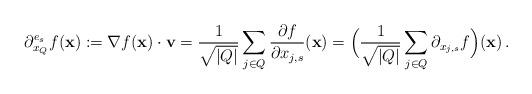
LaTeX: \begin{align*} \partial_{x_Q}^{e_s} f({\bf x}): = \nabla f({\bf x}) \cdot {\mathbf v}=\frac{1}{\sqrt{|Q|}}\sum_{j\in Q}\frac{\partial f}{\partial x_{j,s}}({\bf x}) =\Big(\frac{1}{\sqrt{|Q|}}\sum_{j\in Q}\partial_{x_{j,s}} f\Big)({\bf x})\,.\end{align*}